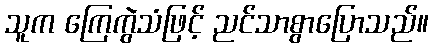
သူက ကြေကွဲသံဖြင့် ညင်သာစွာပြောသည်။